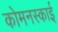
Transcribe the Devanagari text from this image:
कोमनस्काई